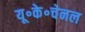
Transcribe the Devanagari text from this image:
यू॰के॰चेनल